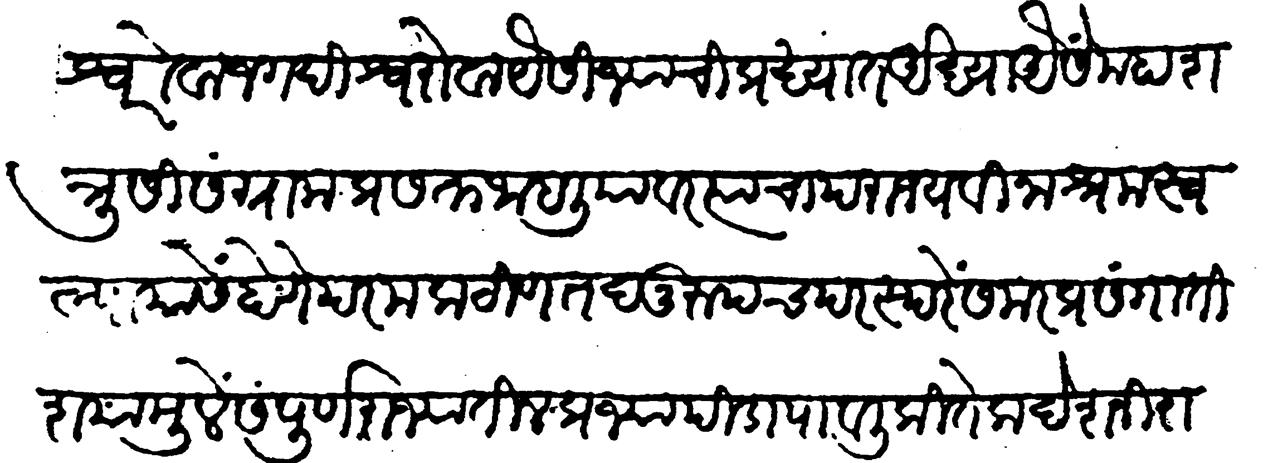
Transliteration (Devanagari): दिल्लीश्वरोवा जगदीश्वरोवा यैसी ज्याची प्रख्यात आख्या यैसे महा शत्रूसी संग्रामप्रसक्त जाहलियावर त्याचा पराजय विनाश्रम स्वल्पायासें होणें परम कठीण तदनुरूपच परस्परें समरप्रसंगातिशयामुळें संपूर्ण राज्यांतील प्रजा पीडा पावली कितेक देश निराश्रत